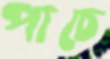
পাচে